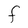
Character: F